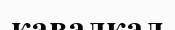
кавалкал